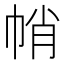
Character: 帩